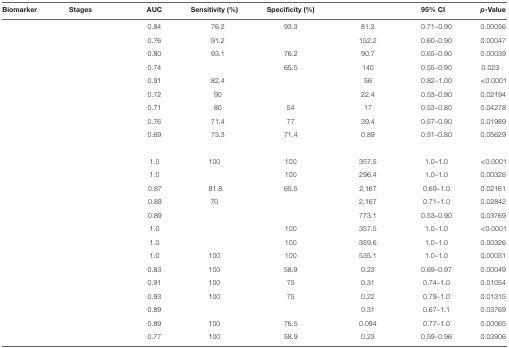
<table><thead><tr><td><b>Biomarker</b></td><td><b>Stages</b></td><td><b>AUC</b></td><td><b>Sensitivity (%)</b></td><td><b>Specificity (%)</b></td><td>[EMPTY_CELL]</td><td><b>95% CI</b></td><td><b><i>p</i>-Value</b></td></tr></thead><tbody><tr><td>[EMPTY_CELL]</td><td>[EMPTY_CELL]</td><td>0.84</td><td>76.2</td><td>93.3</td><td>81.2</td><td>0.71–0.90</td><td>0.00056</td></tr><tr><td>[EMPTY_CELL]</td><td>[EMPTY_CELL]</td><td>0.76</td><td>91.2</td><td>[EMPTY_CELL]</td><td>152.2</td><td>0.60–0.90</td><td>0.00047</td></tr><tr><td>[EMPTY_CELL]</td><td>[EMPTY_CELL]</td><td>0.80</td><td>93.1</td><td>76.2</td><td>90.7</td><td>0.65–0.90</td><td>0.00039</td></tr><tr><td>[EMPTY_CELL]</td><td>[EMPTY_CELL]</td><td>0.74</td><td>[EMPTY_CELL]</td><td>65.5</td><td>140</td><td>0.55–0.90</td><td>0.023</td></tr><tr><td>[EMPTY_CELL]</td><td>[EMPTY_CELL]</td><td>0.91</td><td>82.4</td><td>[EMPTY_CELL]</td><td>56</td><td>0.82–1.00</td><td>&lt;0.0001</td></tr><tr><td>[EMPTY_CELL]</td><td>[EMPTY_CELL]</td><td>0.72</td><td>90</td><td>[EMPTY_CELL]</td><td>22.4</td><td>0.53–0.90</td><td>0.02194</td></tr><tr><td>[EMPTY_CELL]</td><td>[EMPTY_CELL]</td><td>0.71</td><td>80</td><td>54</td><td>17</td><td>0.53–0.80</td><td>0.04278</td></tr><tr><td>[EMPTY_CELL]</td><td>[EMPTY_CELL]</td><td>0.76</td><td>71.4</td><td>77</td><td>39.4</td><td>0.57–0.90</td><td>0.01989</td></tr><tr><td>[EMPTY_CELL]</td><td>[EMPTY_CELL]</td><td>0.69</td><td>73.3</td><td>71.4</td><td>0.89</td><td>0.51–0.80</td><td>0.05629</td></tr><tr><td colspan="8">[EMPTY_CELL]</td></tr><tr><td>[EMPTY_CELL]</td><td>[EMPTY_CELL]</td><td>1.0</td><td>100</td><td>100</td><td>357.5</td><td>1.0–1.0</td><td>&lt;0.0001</td></tr><tr><td>[EMPTY_CELL]</td><td>[EMPTY_CELL]</td><td>1.0</td><td>[EMPTY_CELL]</td><td>100</td><td>296.4</td><td>1.0–1.0</td><td>0.00326</td></tr><tr><td>[EMPTY_CELL]</td><td>[EMPTY_CELL]</td><td>0.87</td><td>81.8</td><td>65.5</td><td>2,167</td><td>0.69–1.0</td><td>0.02161</td></tr><tr><td>[EMPTY_CELL]</td><td>[EMPTY_CELL]</td><td>0.89</td><td>70</td><td>[EMPTY_CELL]</td><td>2,167</td><td>0.71–1.0</td><td>0.02842</td></tr><tr><td>[EMPTY_CELL]</td><td>[EMPTY_CELL]</td><td>0.89</td><td>[EMPTY_CELL]</td><td>[EMPTY_CELL]</td><td>773.1</td><td>0.53–0.90</td><td>0.03769</td></tr><tr><td>[EMPTY_CELL]</td><td>[EMPTY_CELL]</td><td>1.0</td><td>[EMPTY_CELL]</td><td>100</td><td>357.5</td><td>1.0–1.0</td><td>&lt;0.0001</td></tr><tr><td>[EMPTY_CELL]</td><td>[EMPTY_CELL]</td><td>1.0</td><td>[EMPTY_CELL]</td><td>100</td><td>359.6</td><td>1.0–1.0</td><td>0.00326</td></tr><tr><td>[EMPTY_CELL]</td><td>[EMPTY_CELL]</td><td>1.0</td><td>100</td><td>100</td><td>535.1</td><td>1.0–1.0</td><td>0.00031</td></tr><tr><td>[EMPTY_CELL]</td><td>[EMPTY_CELL]</td><td>0.83</td><td>100</td><td>58.9</td><td>0.23</td><td>0.69–0.97</td><td>0.00049</td></tr><tr><td>[EMPTY_CELL]</td><td>[EMPTY_CELL]</td><td>0.91</td><td>100</td><td>75</td><td>0.31</td><td>0.74–1.0</td><td>0.01054</td></tr><tr><td>[EMPTY_CELL]</td><td>[EMPTY_CELL]</td><td>0.93</td><td>100</td><td>75</td><td>0.22</td><td>0.79–1.0</td><td>0.01315</td></tr><tr><td>[EMPTY_CELL]</td><td>[EMPTY_CELL]</td><td>0.89</td><td>[EMPTY_CELL]</td><td>[EMPTY_CELL]</td><td>0.31</td><td>0.67–1.1</td><td>0.03769</td></tr><tr><td>[EMPTY_CELL]</td><td>[EMPTY_CELL]</td><td>0.89</td><td>100</td><td>76.5</td><td>0.094</td><td>0.77–1.0</td><td>0.00065</td></tr><tr><td>[EMPTY_CELL]</td><td>[EMPTY_CELL]</td><td>0.77</td><td>100</td><td>58.9</td><td>0.23</td><td>0.59–0.96</td><td>0.03906</td></tr></tbody></table>